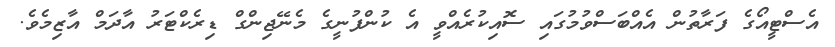
އެސްޓީއޯގެ ފަރާތުން އެއްބަސްވުމުގައި ސޮއިކުރެއްވީ އެ ކުންފުނީގެ މެނޭޖިންގް ޑިރެކްޓަރު އާދަމް އާޒިމެވެ.